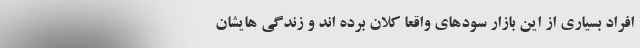
افراد بسیاری از این بازار سودهای واقعا کلان برده اند و زندگی هایشان